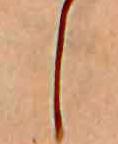
し